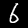
Label: 6